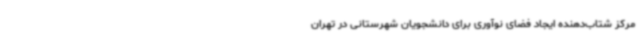
مرکز شتاب‌دهنده ایجاد فضای نوآوری برای دانشجویان شهرستانی در تهران